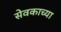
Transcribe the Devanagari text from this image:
सेवकाच्या